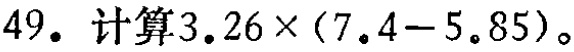
49. 计算\(3.26\times(7.4 - 5.85)\)。